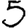
Digit: 5